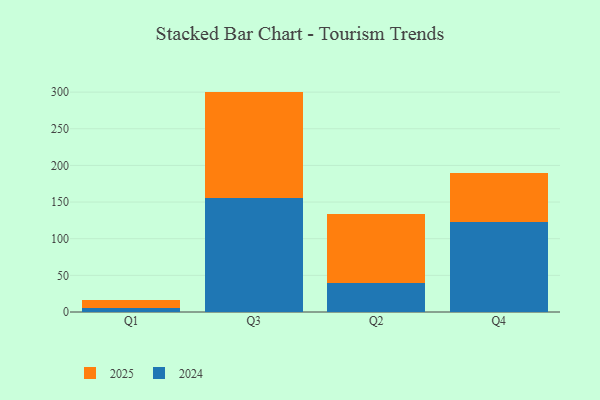
{"axis": {"x": "Quarter", "y": "Production Output"}, "legend": ["2024", "2025"], "data": [{"x": "Q1", "y": 11.5, "type": "2025"}, {"x": "Q1", "y": 5.4, "type": "2024"}, {"x": "Q3", "y": 144.8, "type": "2025"}, {"x": "Q3", "y": 155.9, "type": "2024"}, {"x": "Q2", "y": 94.9, "type": "2025"}, {"x": "Q2", "y": 39.3, "type": "2024"}, {"x": "Q4", "y": 67.0, "type": "2025"}, {"x": "Q4", "y": 123.2, "type": "2024"}]}